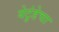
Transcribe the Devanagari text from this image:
येटुंडेचा